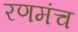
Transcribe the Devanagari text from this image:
रणमंच